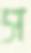
স